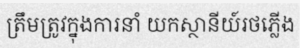
ត្រឹមត្រូវក្នុងការនាំ យកស្ថានីយ៍រថភ្លើង